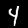
Digit: 4